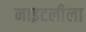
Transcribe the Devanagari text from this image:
नाइटलीला